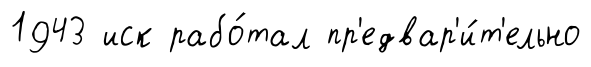
1943 иск рабо́тал пр'едвар'и́т'ельно